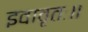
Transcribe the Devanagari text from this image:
इवावृतः॥